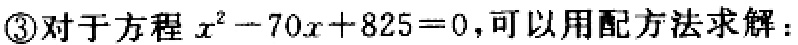
\textcircled{3}对于方程\(x^{2}-70x + 825 = 0\)，可以用配方法求解：